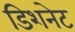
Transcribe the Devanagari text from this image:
डिशनेट